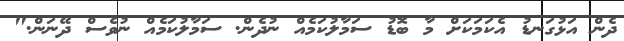
ދެން އަޅުގަނޑު އެކަމަކަށް މާ ބޮޑު ސަމާލުކަމެއް ނުދެން. ސަމާލުކަމެއް ނުވެސް ދޭނަން."